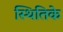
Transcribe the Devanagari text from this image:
स्थितिके